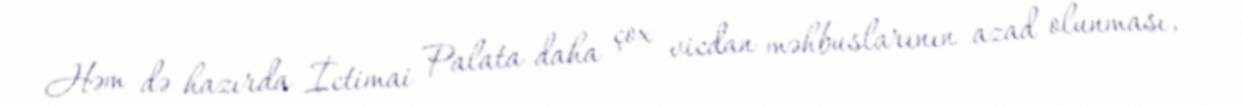
Həm də hazırda İctimai Palata daha çox vicdan məhbuslarının azad olunması,